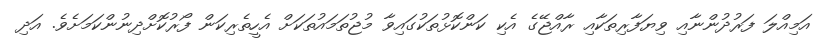
އަމިއްލަ ފަރުދުންނާއި ވިޔަފާރިތަކާއި ރާއްޖޭގެ އެކި ކަންކޮޅުތަކުގައިވާ މުޖުތަމައުތަކަށް އެހީތެރިކަން ފޯރުކޮށްދިނުންކަމަށެވެ. އަދި